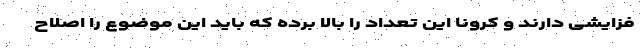
فزایشی دارند و کرونا این تعداد را بالا برده که باید این موضوع را اصلاح